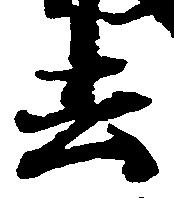
去